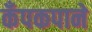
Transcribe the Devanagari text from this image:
कँपकपाने